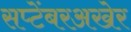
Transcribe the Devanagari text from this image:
सप्टेंबरअखेर